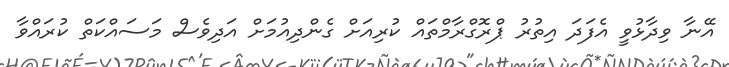
އޭނާ ވިދާޅުވީ އެފަދަ އިތުރު ޕްރޮގްރާމްތައް ކުރިއަށް ގެންދިއުމަށް އަދިވެސް މަސައްކަތް ކުރައްވާ